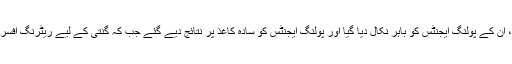
درخواست میں کہا گیا ہے کہ الیکشن کے دن ان کی جماعت کو کئی شکایات موصول ہوئیں، ان کے پولنگ ایجنٹس کو باہر نکال دیا گیا اور پولنگ ایجنٹس کو سادہ کاغذ پر نتائج دیے گئے جب کہ گنتی کے لیے ریٹرنگ افسر نے درخواست مسترد کردی، دوبارہ گنتی سے متعلق ریٹرنگ افسر کا اقدام غیر قانونی ہے۔